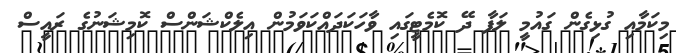
މިކަމާއި ގުޅިގެން ގައުމީ ލަފާ ދޭ ކޮމެޓީގައި ވާހަކަދައްކަވަމުން އިލެކްޝަންސް ކޮމިޝަނުގެ ރައީސް